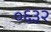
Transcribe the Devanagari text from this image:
०६३२